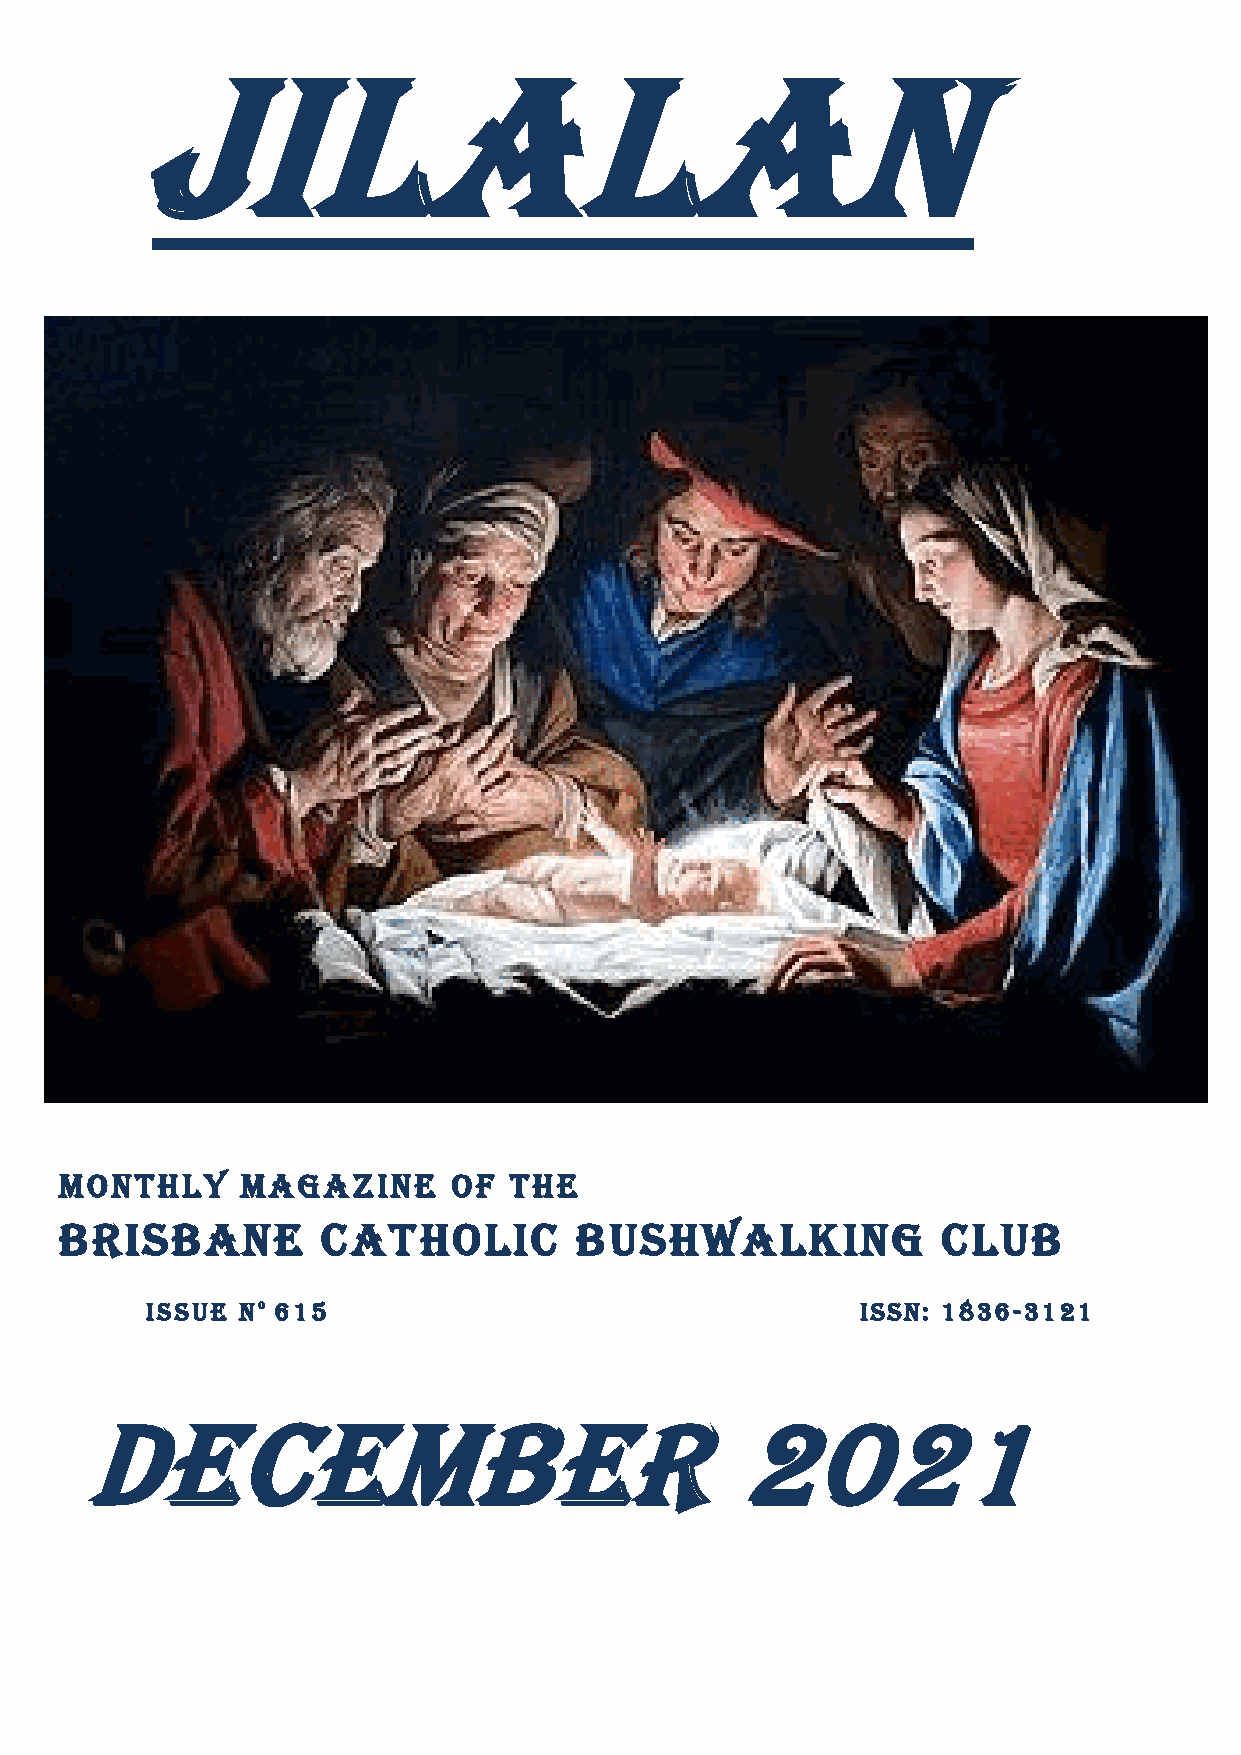
JILALAN
 Monthly     Magazine      of  The
 BRISBANE         CATHOLIC         BUSHWALKING             CLUB
 ISSUE No 615                                   ISSN: 1836-3121
 December                                    2021